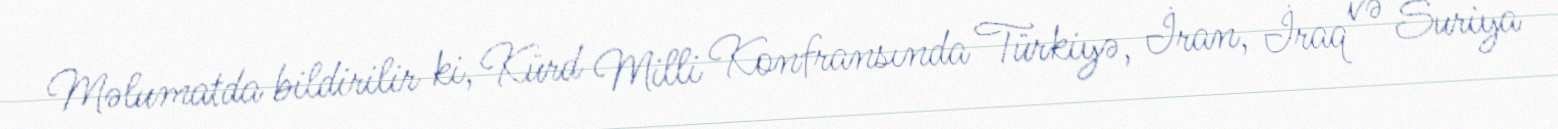
Məlumatda bildirilir ki, Kürd Milli Konfransında Türkiyə, İran, İraq və Suriya